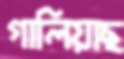
গালিয়াছ